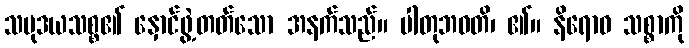
သမုဒယသစ္စ၏ နှောင်ဖွဲ့တတ်သော အနက်သည်။ ပါတုဘဝတိ၊ ၏။ နိရောဓ သစ္စာကို